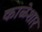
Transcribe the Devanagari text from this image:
काळेशार